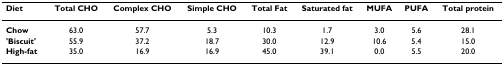
| Diet | Total CHO | Complex CHO | Simple CHO | Total Fat | Saturated fat | MUFA | PUFA | Total protein |
 | --- | --- | --- | --- | --- | --- | --- | --- | --- |
 | Chow | 63.0 | 57.7 | 5.3 | 10.3 | 1.7 | 3.0 | 5.6 | 28.1 |
 | 'Biscuit' | 55.9 | 37.2 | 18.7 | 30.0 | 12.9 | 10.6 | 5.4 | 15.0 |
 | High-fat | 35.0 | 16.9 | 16.9 | 45.0 | 39.1 | 0.0 | 5.5 | 20.0 |